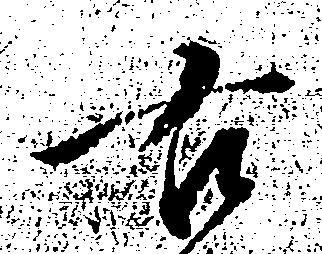
右